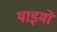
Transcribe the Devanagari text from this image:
थाइमो